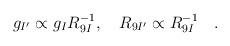
LaTeX: \begin{align*}g_{I^{\prime}} \propto g_I R_{9I}^{-1} , \quad R_{9I^{\prime}} \propto R_{9I}^{-1} \quad .\end{align*}